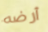
أرضه